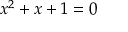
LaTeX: x ^ { 2 } + x + 1 = 0